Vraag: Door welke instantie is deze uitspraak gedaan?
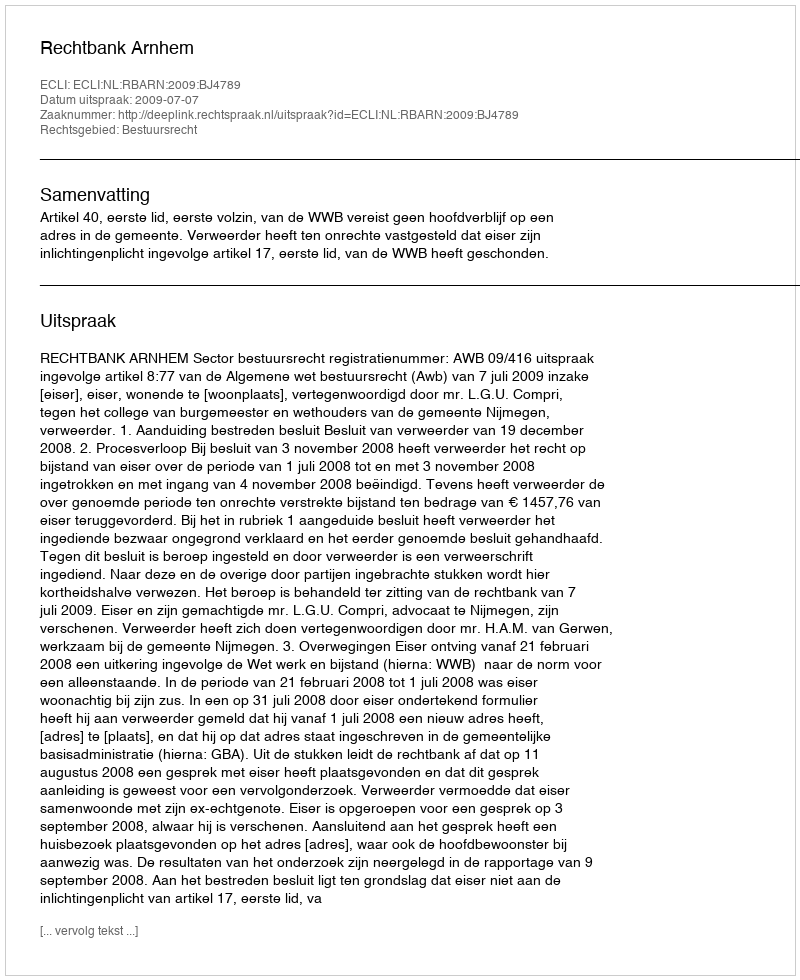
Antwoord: Rechtbank Arnhem